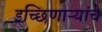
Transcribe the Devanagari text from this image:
इच्छिणाऱ्यांचे